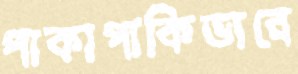
পাকাপাকিভাবে